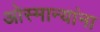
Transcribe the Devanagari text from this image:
ओस्मान्यांना